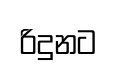
රිදුනට